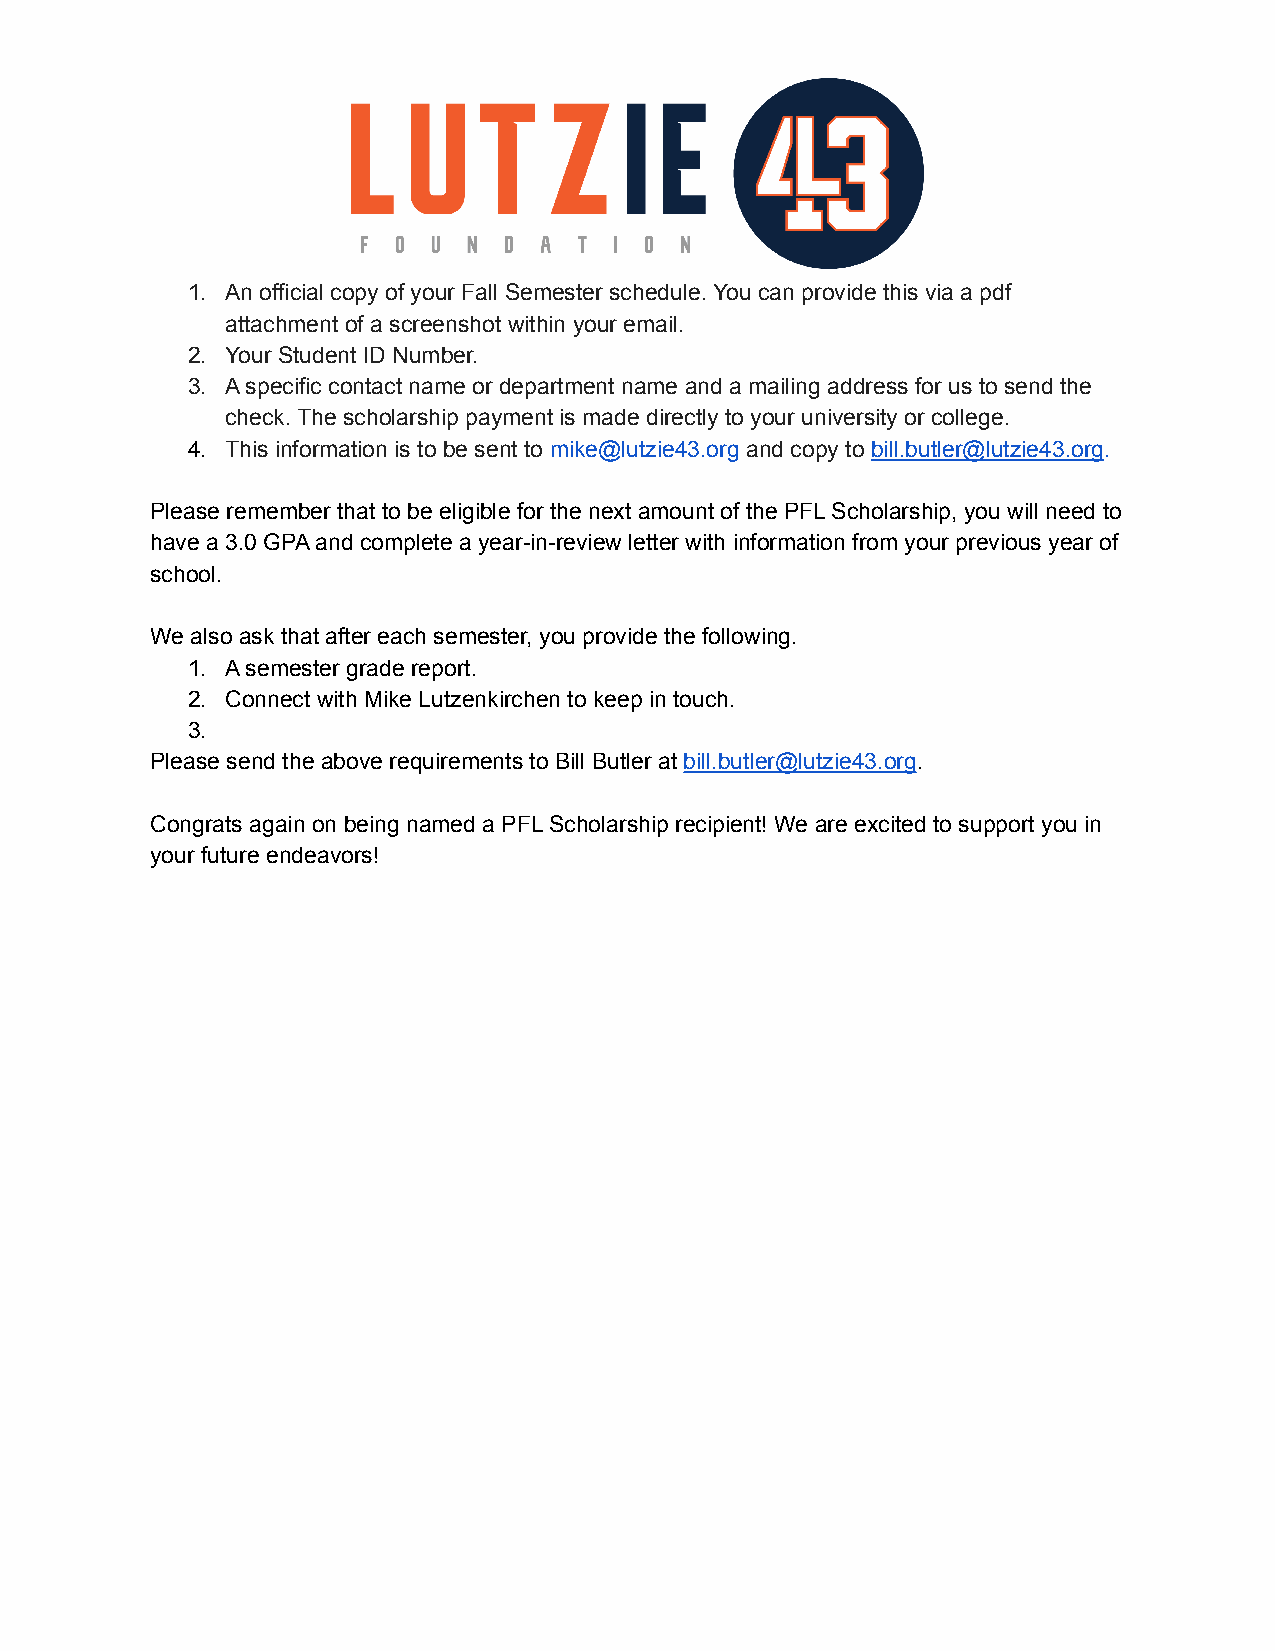
1. An official copy of your Fall Semester schedule. You can provide this via a pdf
 attachment of a screenshot within your email.
 2. Your Student ID Number.
 3. A specific contact name or department name and a mailing address for us to send the
 check. The scholarship payment is made directly to your university or college.
 4. This information is to be sent to mike@lutzie43.org and copy to bill.butler@lutzie43.org.
 Please remember that to be eligible for the next amount of the PFL Scholarship, you will need to
 have a 3.0 GPA and complete a year-in-review letter with information from your previous year of
 school.
 We also ask that after each semester, you provide the following.
 1. A semester grade report.
 2. Connect with Mike Lutzenkirchen to keep in touch.
 3.
 Please send the above requirements to Bill Butler at bill.butler@lutzie43.org.
 Congrats again on being named a PFL Scholarship recipient! We are excited to support you in
 your future endeavors!